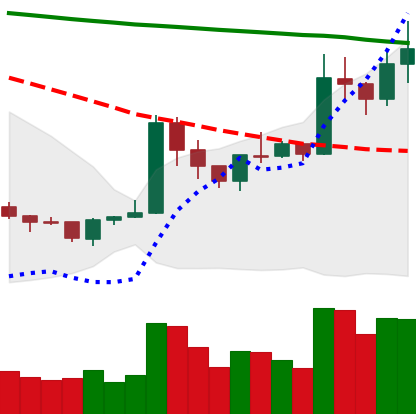
Ticker: XRP-USD
Chart end date: 2020-01-18
Forward return: -7.0625%
Label: down_7plus